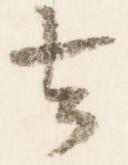
去